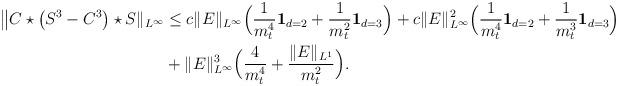
LaTeX: \begin{align*}\big\|C \star \big(S^3 - C^3\big) \star S\|_{L^\infty}&\leq c\|E\|_{L^\infty}\Big(\frac{1}{m^4_t}{\bf 1}_{d=2} + \frac{1}{m^2_t}{\bf 1}_{d=3}\Big)+ c\|E\|_{L^\infty}^2\Big(\frac{1}{m^4_t}{\bf 1}_{d=2} + \frac{1}{m^3_t}{\bf 1}_{d=3}\Big) \\&+ \|E\|_{L^\infty}^3\Big(\frac{4}{m^4_t} + \frac{\|E\|_{L^1}}{m^2_t}\Big).\end{align*}